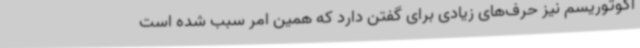
اکوتوریسم نیز حرف‌های زیادی برای گفتن دارد که همین امر سبب شده است